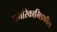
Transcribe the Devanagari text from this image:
अमरिकामिडफील्‍ड